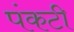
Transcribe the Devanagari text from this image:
पंकटी